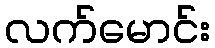
လက်မောင်း